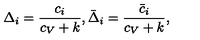
\Delta _ { i } = { \frac { c _ { i } } { c _ { V } + k } } , \bar { \Delta } _ { i } = { \frac { \bar { c } _ { i } } { c _ { V } + k } } ,